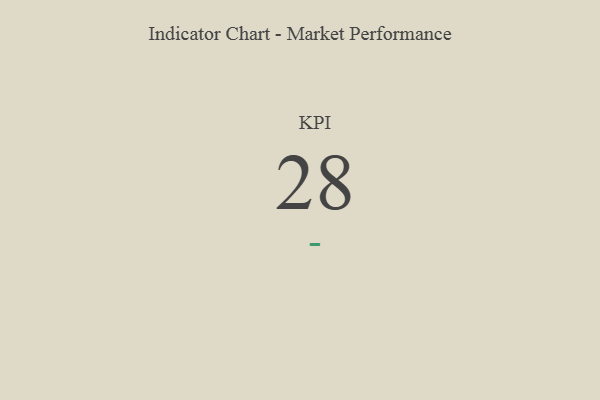
{"axis": {"x": "KPI", "y": "Value"}, "legend": [""], "data": [{"x": "KPI", "y": 28, "type": ""}]}